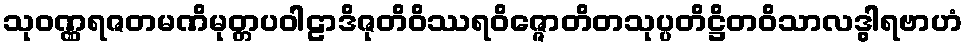
သုဝဏ္ဏရဇတမဏိမုတ္တပဝါဠာဒိဇုတိဝိဿရဝိဇ္ဇောတိတသုပ္ပတိဋ္ဌိတဝိသာလဒွါရဗာဟံ